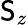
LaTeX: \mathsf{S}_{z}